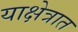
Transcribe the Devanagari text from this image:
याक्षेत्रात